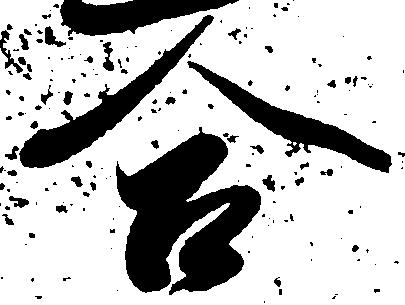
合